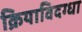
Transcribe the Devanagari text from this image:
क्रियाविदग्धा